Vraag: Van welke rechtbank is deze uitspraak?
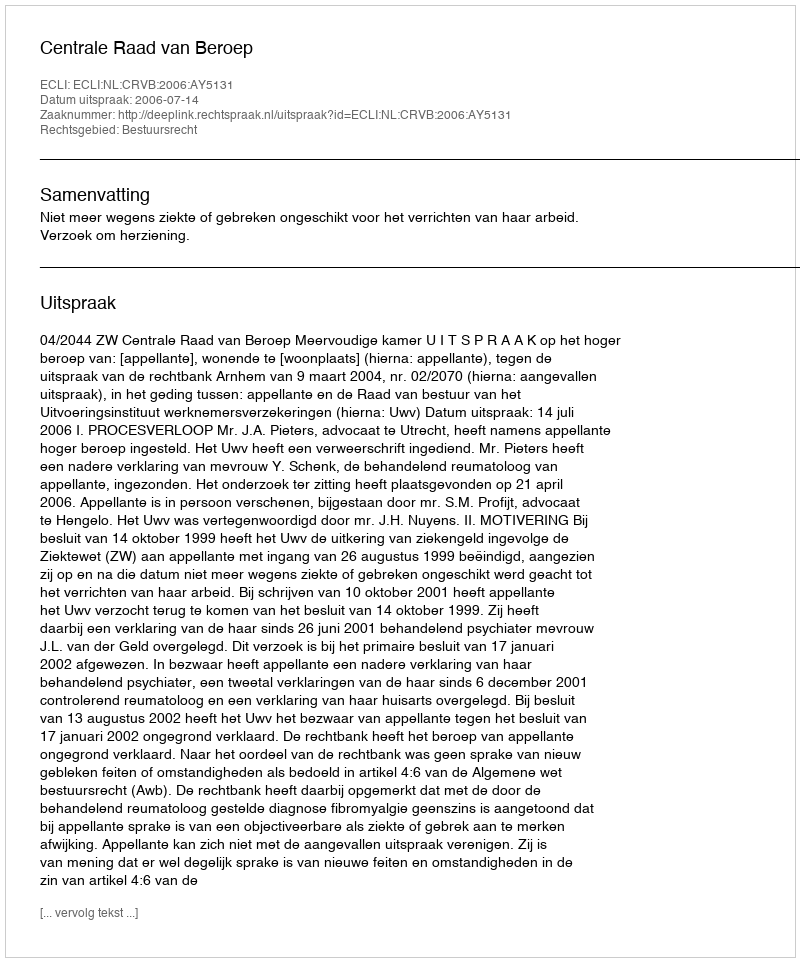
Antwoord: Centrale Raad van Beroep